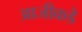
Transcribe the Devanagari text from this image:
आजीकडे